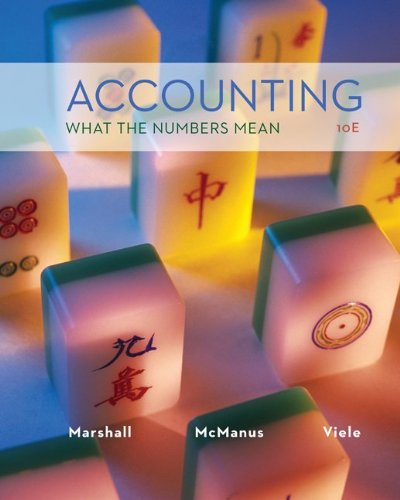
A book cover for Accounting: What the Numbers Mean; David Marshall; Business & Money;